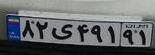
۸۲ی۴۹۱۹۱